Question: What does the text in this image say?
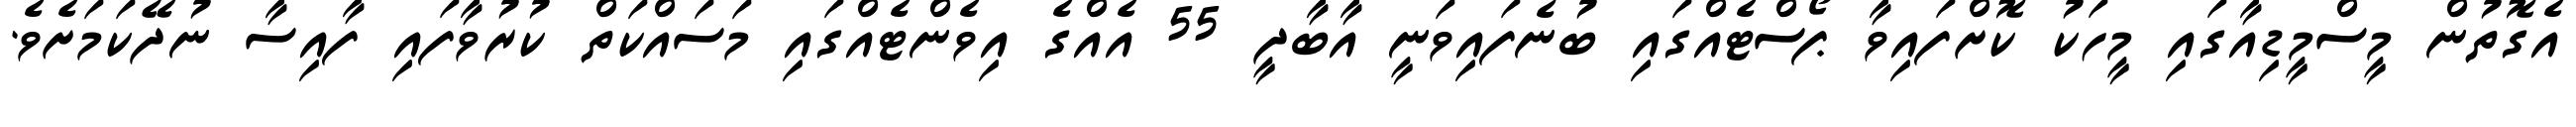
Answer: އެގޮތުން މީސްމީޑިއާގައި މީހަކު ކޮށްފައިވާ ޕޯސްޓެއްގައި ބުނެފައިވަނީ އާބާދީ 55 އެއްގެ އިވެންޓެއްގައި މަސައްކަތް ކުރުވާފައި ފާއިސާ ނުދޭކަމަށެވެ.